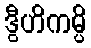
ဒွီဟိကမ္ပိ